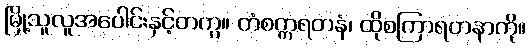
မြို့သူလူအပေါင်းနှင့်တကွ။ တံစက္ကရတနံ၊ ထိုစကြာရတနာကို။